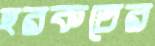
হরকতের